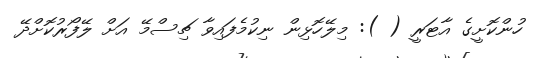
ހުންކޮށީގެ އާޓަރީ ( ): މިލޭހޮޅިން ނިކުމެފައިވާ ޗިސްމޭ އަށް ލޭފޯރުކޮށްދޭ